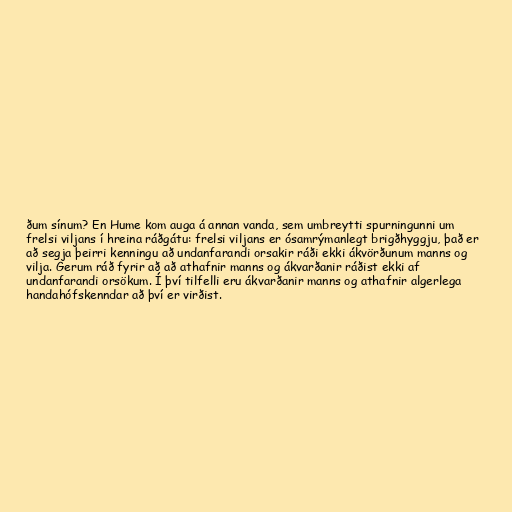
ðum sínum? En Hume kom auga á annan vanda, sem umbreytti spurningunni um
frelsi viljans í hreina ráðgátu: frelsi viljans er ósamrýmanlegt brigðhyggju, það er
að segja þeirri kenningu að undanfarandi orsakir ráði ekki ákvörðunum manns og
vilja. Gerum ráð fyrir að að athafnir manns og ákvarðanir ráðist ekki af
undanfarandi orsökum. Í því tilfelli eru ákvarðanir manns og athafnir algerlega
handahófskenndar að því er virðist.